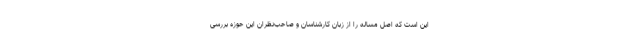
این است که اصل مساله را از زبان کارشناسان و صاحب‌نظران این حوزه بررسی